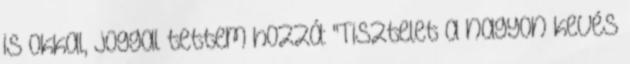
is okkal, joggal tettem hozzá: "Tisztelet a nagyon kevés